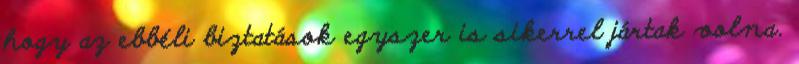
hogy az ebbéli biztatások egyszer is sikerrel jártak volna.